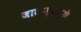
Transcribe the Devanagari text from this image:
जाळण्यामुळे